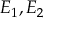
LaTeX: E _ { 1 } , E _ { 2 }